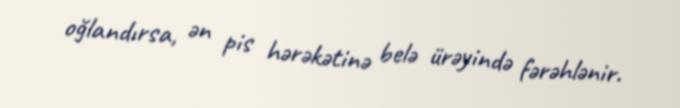
oğlandırsa, ən pis hərəkətinə belə ürəyində fərəhlənir.